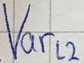
Text: Varl2